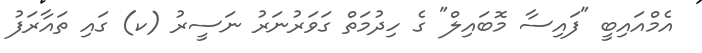
އެމްއައިބީ "ފައިސާ މޮބައިިލް" ގެ ހިދުމަތް ގަވަރުނަރު ނަސީރު (ކ) ގައި ތައާރަފު